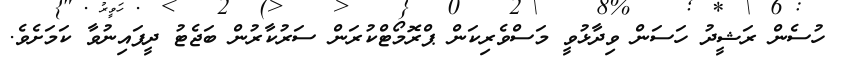
ހުސެން ރަޝީދު ހަސަން ވިދާޅުވީ މަސްވެރިކަން ޕްރޮމޯޓްކުރަން ސަރުކާރުން ބަޖެޓު ދީފައިނުވާ ކަމަށެވެ.